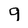
Character: 9